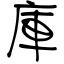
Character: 庫